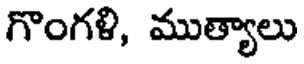
గొంగళి, ముత్యాలు